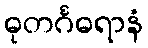
ဓုတင်္ဂဓရာနံ